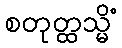
စတုတ္ထသ္မိံ